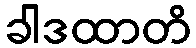
ခါဒထာတိ